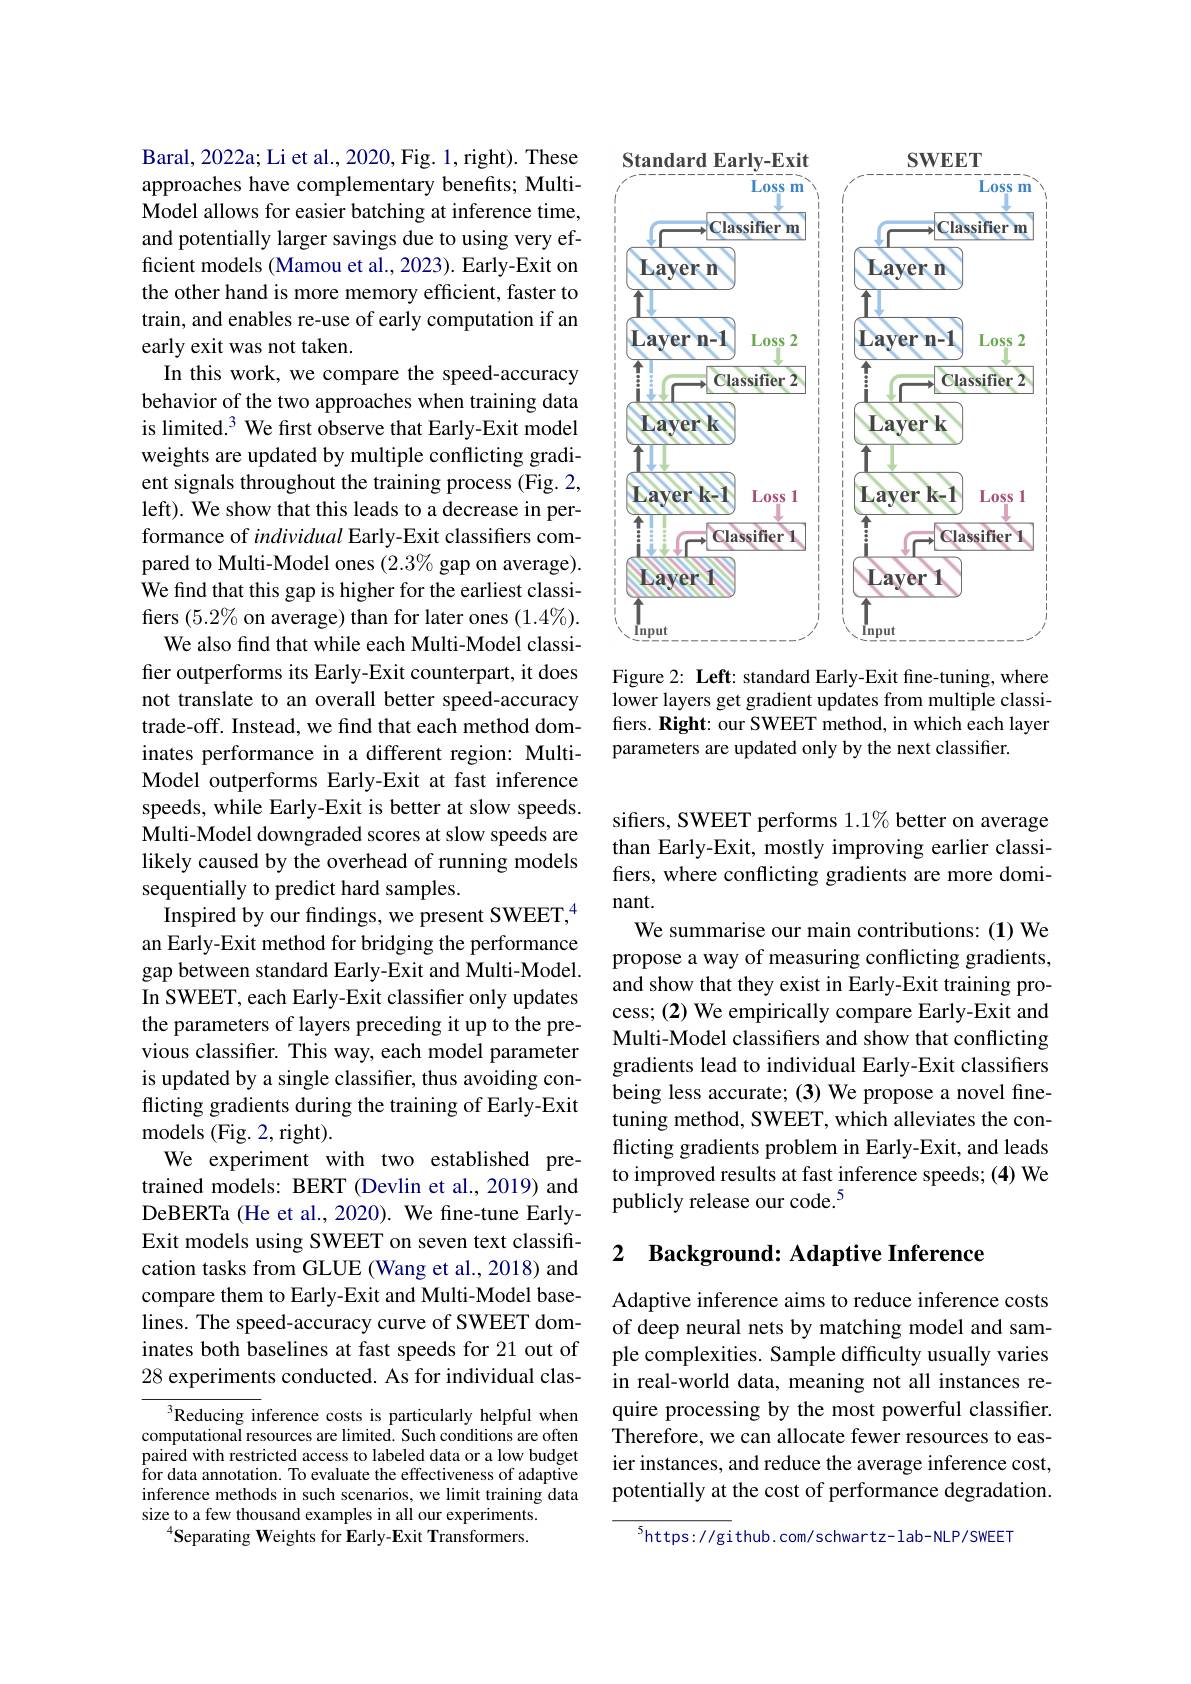
Baral, 2022a; Li et al., 2020, Fig. 1,right). These approaches have complementary benefits; MultiModel allows for easier batching at inference time, and potentially larger savings due to using very efficient models (Mamou et al., 2023). Early-Exit on the other hand is more memory efficient, faster to train, and enables re-use of early computation if an early exit was not taken.
In this work, we compare the speed-accuracy behavior of the two approaches when training data is limited.$^3$ We frst observe that Early-Exit model weights are updated by multiple conflicting gradient signals throughout the training process (Fig. 2, left). We show that this leads to a decrease in performance of individual Early-Exit classifiers compared to Multi-Model ones $(2.3\%$ gap on average). We find that this gap is higher for the earliest classifers $(5.2\%$ on average) than for later ones $(1.4\%).$
We also find that while each Multi-Model classifier outperforms its Early-Exit counterpart, it does not translate to an overall better speed-accuracy trade-off. Instead, we find that each method dominates performance in a different region: MultiModel outperforms Early-Exit at fast inference speeds, while Early-Exit is better at slow speeds. Multi-Model downgraded scores at slow speeds are likely caused by the overhead of running models sequentially to predict hard samples.
Inspired by our findings, we present SWEET,$^{4}$ an Early-Exit method for bridging the performance gap between standard Early-Exit and Multi-Model. In SWEET, each Early-Exit classifier only updates the parameters of layers preceding it up to the previous classifer. This way, each model parameter is updated by a single classifier, thus avoiding conflicting gradients during the training of Early-Exit models (Fig. 2, right).
We experiment with two established pretrained models: BERT (Devlin et al., 2019) and DeBERTa (He et al., 2020). We fine-tune EarlyExit models using SWEET on seven text classification tasks from GLUE (Wang et al., 2018) and compare them to Early-Exit and Multi-Model baselines. The speed-accuracy curve of SWEET dominates both baselines at fast speeds for 21 out of 28 experiments conducted. As for individual clas-

$^{3}$Reducing inference costs is particularly helpful when computational resources are limited. Such conditions are often paired with restricted access to labeled data or a low budget for data annotation. To evaluate the effectiveness of adaptive inference methods in such scenarios, we limit training data size to a few thousand examples in all our experiments.
$^{4}\mathbf{Separating~Weights~for~Early-Exit~Transformers.}$

<FigureHere>

Figure 2: Left: standard Early-Exit fine-tuning, where lower layers get gradient updates from multiple classifiers. Right: our SWEET method, in which each layer parameters are updated only by the next classifier.

sifiers, SWEET performs 1.1% better on average than Early-Exit, mostly improving earlier classifers, where conflicting gradients are more dominant.
We summarise our main contributions: (1) We propose a way of measuring conflicting gradients, and show that they exist in Early-Exit training process; (2) We empirically compare Early-Exit and Multi-Model classifiers and show that conflicting gradients lead to individual Early-Exit classifiers being less accurate; (3) We propose a novel finetuning method, SWEET, which alleviates the conflicting gradients problem in Early-Exit, and leads to improved results at fast inference speeds; (4) We publicly release our code.$^{5}$

### 2 Background: Adaptive Inference

Adaptive inference aims to reduce inference costs of deep neural nets by matching model and sample complexities. Sample difficulty usually varies in real-world data, meaning not all instances require processing by the most powerful classifier. Therefore, we can allocate fewer resources to easier instances, and reduce the average inference cost, potentially at the cost of performance degradation.

$^{5}$https://gi thub. com/ schwartz- lab- NLP/ SWEET